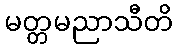
မတ္တမညာသီတိ